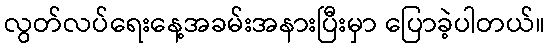
လွတ်လပ်ရေးနေ့အခမ်းအနားပြီးမှာ ပြောခဲ့ပါတယ်။